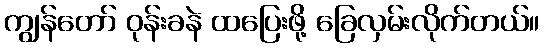
ကျွန်တော် ဝုန်းခနဲ ထပြေးဖို့ ခြေလှမ်းလိုက်တယ်။